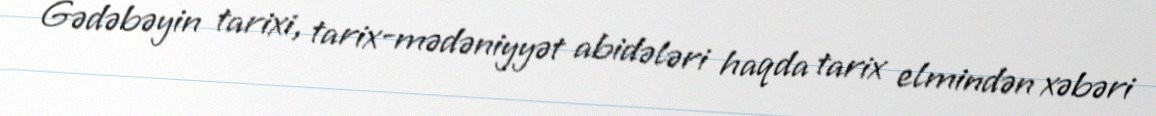
Gədəbəyin tarixi, tarix-mədəniyyət abidələri haqda tarix elmindən xəbəri